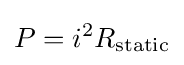
P=i^{2}R_{\text{static}}